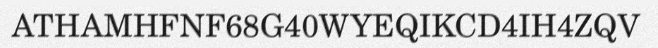
ATHAMHFNF68G40WYEQIKCD4IH4ZQV